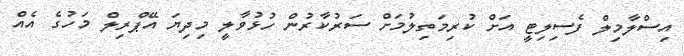
އިސްލާމިލް ފެސިލިޓީ އަށް ކުރިމަތިލުމަށް ސަރުކާރުން ހުޅުވާލީ މިދިޔަ އޭޕްރިލް މަހުގެ އެއް